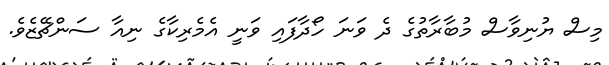
މިސް ޔުނިވާސް މުބާރާތުގެ ދެ ވަނަ ހޯދާފައި ވަނީ އެމެރިކާގެ ނިއާ ސަންޗޭޒެވެ.